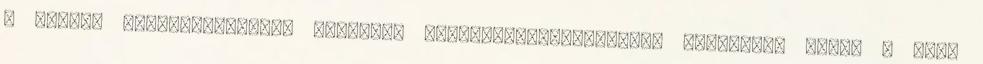
a Jobbik Magyarországért Mozgalom polgármesterjelöltje. Ferkovics Tibor a 3300